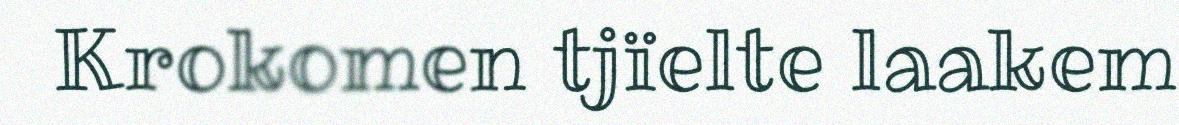
Krokomen tjïelte laakem